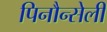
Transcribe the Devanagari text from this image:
पिनौन्सेली